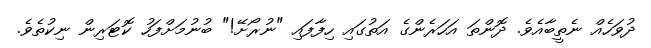
ދުވަހެއް ނެތީބާއެވެ. ދޮންތަ އަހަރެންގެ އަތުގައި ހިފާފައި "ނުރޯށޭ!" ބުނުމަށްފަހު ކޮޓަރިން ނިކުތެވެ.